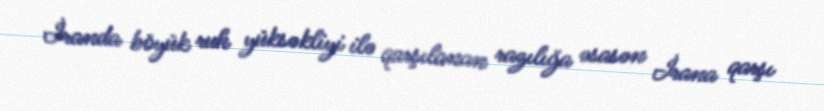
İranda böyük ruh yüksəkliyi ilə qarşılanan razılığa əsasən İrana qarşı